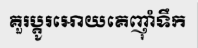
គួរប្តូរអោយគេញុាំទឹក